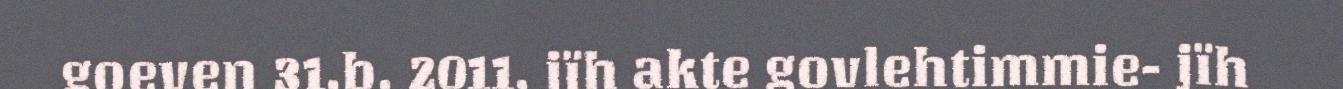
goeven 31.b. 2011, jïh akte govlehtimmie- jïh